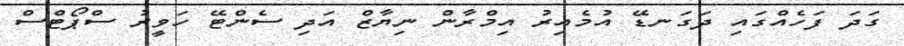
ގަދަ ފަހެއްގައި ދަގަނޑޭ އުމެއިރު އިމްރާން ނިޔާޒް އަދި ސެންޓޭ ހަވީރު ސްޕޯޓްސް